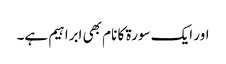
اور ایک سورۃ کا نام بھی ابراہیم ہے۔